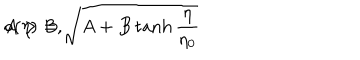
LaTeX: a ( \eta ) = \sqrt { A + B \tanh \frac { \eta } { \eta _ { 0 } } } \hspace { 2 c m } A > B ,